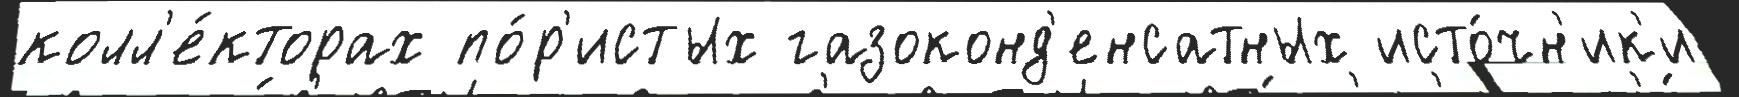
колл'е́кторах по́р'истых газоконд'енсатных исто́чн'ик'и